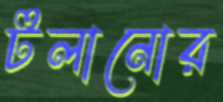
টলানোর